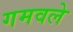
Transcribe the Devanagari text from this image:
गमवले